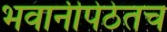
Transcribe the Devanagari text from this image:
भवानीपेठेतच